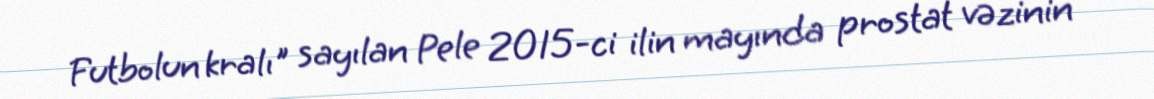
Futbolun kralı" sayılan Pele 2015-ci ilin mayında prostat vəzinin